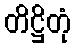
တိဋ္ဌိတုံ